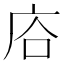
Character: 𢈁